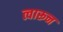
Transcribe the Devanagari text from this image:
त्वारून